Scottish Leaving Certificate Examination, 1955
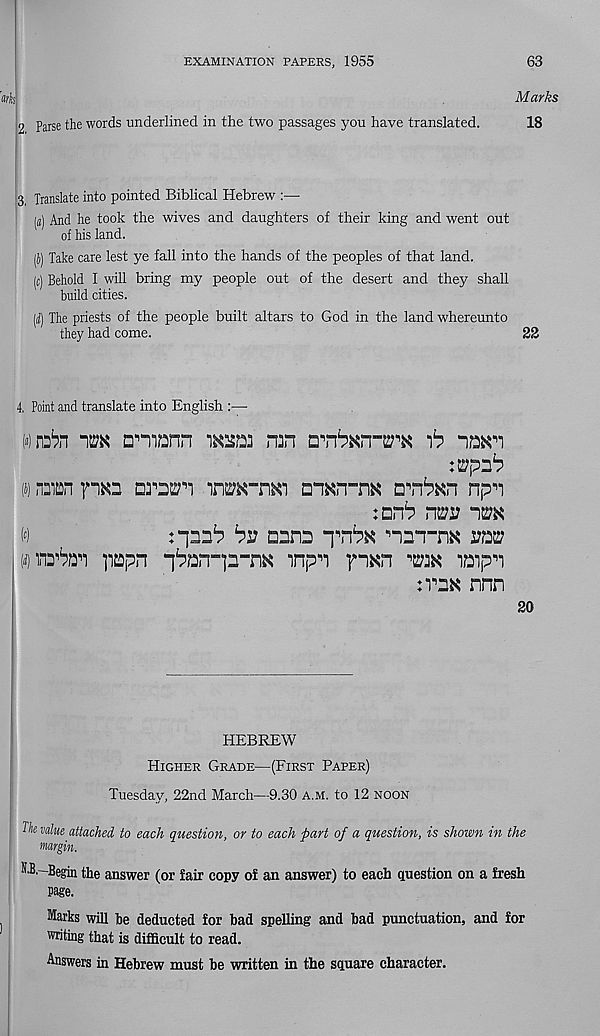
EXAMINATION PAPERS, 1955
63
Marks
2 Parse the words underlined in the two passages you have translated.
18
3 Translate into pointed Biblical Hebrew :—
(«) And he took the wives and daughters of their king and went out
of his land.
(J) Take care lest ye fall into the hands of the peoples of that land.
(c) Behold I will bring my people out of the desert and they shall
build cities.
(d) The priests of the people built altars to God in the land whereunto
they had come.
22
4, Point and translate into English :—
(«)®n im Dmann insm nan crn^xn-^ 'b n»an
(j) nsmn rm
aji^Kn npn
:nn^ n^j?
M
by anns
nrrrnK
w
]i£Dpn “i^an"]n-n^ inpn fn^n
iQipn
nnn
so
HEBREW
Higher Grade—(First Paper)
Tuesday, 22nd March—9.30 A.M. to 12 noon
The value attached to each question, or to each part of a question, is shown in the
margin.
N.B.—Begin the answer (or fair copy of an answer) to each question on a fresh
page.
Marks will be deducted for bad spelling and bad punctuation, and for
siting that is difficult to read.
Answers in Hebrew must be written in the square character.